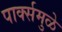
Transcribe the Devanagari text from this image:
पार्क्समुळे